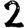
Digit: 2